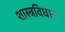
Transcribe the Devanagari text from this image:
शास्त्रविधान